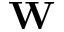
\mathbf { W }